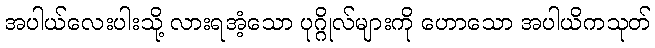
အပါယ်လေးပါးသို့ လားရအံ့သော ပုဂ္ဂိုလ်များကို ဟောသော အပါယိကသုတ်